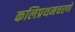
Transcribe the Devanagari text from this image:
कलिप्रथमचरणे